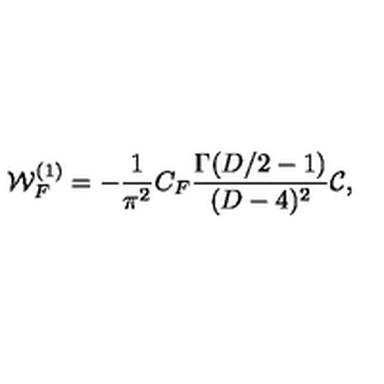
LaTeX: { \cal W } _ { F } ^ { ( 1 ) } = - \frac { 1 } { { \pi } ^ { 2 } } C _ { F } { \frac { \Gamma ( D / 2 - 1 ) } { ( D - 4 ) ^ { 2 } } } { \cal C } ,